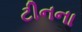
ટીનના